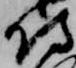
侍